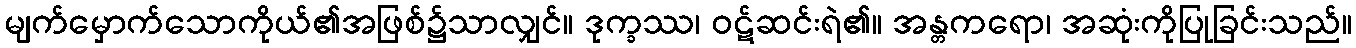
မျက်မှောက်သောကိုယ်၏အဖြစ်၌သာလျှင်။ ဒုက္ခဿ၊ ဝဋ်ဆင်းရဲ၏။ အန္တကရော၊ အဆုံးကိုပြုခြင်းသည်။